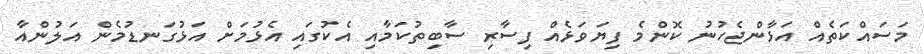
މަސައްކަތެއް އަޅާންޖެހުނު ކޮންމެ ފިޔަވަޅެއް ފިސާރި ސާބިތުކަމާއި އެކުގައި އެޅުމަށް އަޅުގަނޑުމެން އަލުންއާ